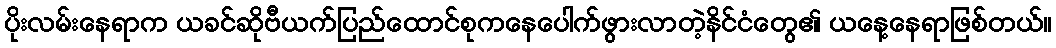
ပိုးလမ်းနေရာက ယခင်ဆိုဗီယက်ပြည်ထောင်စုကနေပေါက်ဖွားလာတဲ့နိင်ငံတွေ၏ ယနေ့နေရာဖြစ်တယ်။